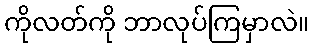
ကိုလတ်ကို ဘာလုပ်ကြမှာလဲ။